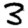
Digit: 3